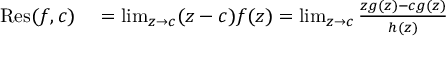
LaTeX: \begin{array} { r l } { \operatorname { R e s } ( f , c ) } & { { } = \operatorname* { l i m } _ { z \to c } ( z - c ) f ( z ) = \operatorname* { l i m } _ { z \to c } { \frac { z g ( z ) - c g ( z ) } { h ( z ) } } } \end{array}